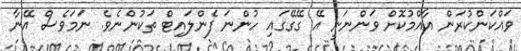
ވައްކަންކުރަން އާއްމުކޮށް ވަންނަނީ އޭ ގޭގޭގައި ހުންނަ ފެންލައިޓް ތަކުންނެވެ. ނަމަވެސް އޭނާ